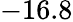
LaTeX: -16.8